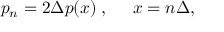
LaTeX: p _ { n } = 2 \Delta p ( x ) \; , \; \; \; \; \; x = n \Delta ,